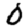
Digit: 0